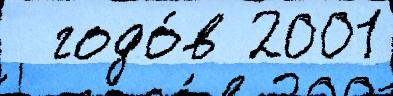
  годо́в 2001